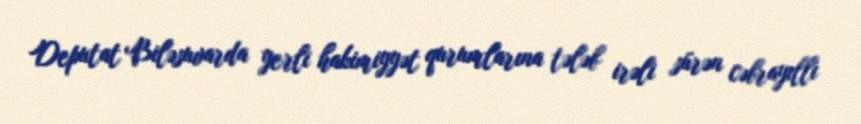
Deputat Biləsuvarda yerli hakimiyyət qurumlarına tələb irəli sürən cəbrayıllı